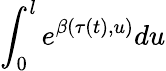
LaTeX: \int_{0}^{l}e^{\beta(\tau(t),u)}du